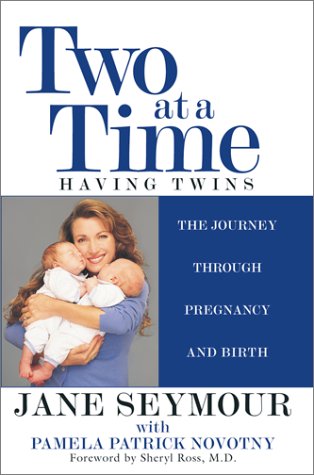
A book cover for Two at a Time: Having Twins: The Journey Through Pregnancy and Birth; Jane Seymour; Parenting & Relationships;